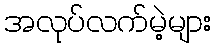
အလုပ်လက်မဲ့များ